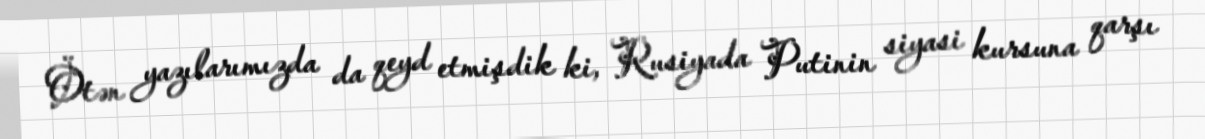
Ötən yazılarımızda da qeyd etmişdik ki, Rusiyada Putinin siyasi kursuna qarşı